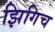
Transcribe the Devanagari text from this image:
झिगिच